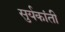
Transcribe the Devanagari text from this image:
सुर्यकांती